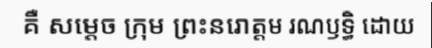
គឺ សម្តេច ក្រុម ព្រះនរោត្តម រណឫទ្ធិ ដោយ